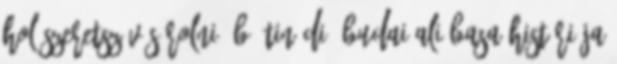
hol szeretsz vásárolni? B Tinódi: Budai Ali basa históriája